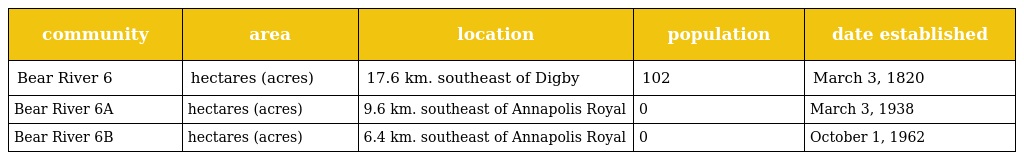
| community | area | location | population | date established |
 | --- | --- | --- | --- | --- |
 | Bear River 6 | hectares (acres) | 17.6 km. southeast of Digby | 102 | March 3, 1820 |
 | Bear River 6A | hectares (acres) | 9.6 km. southeast of Annapolis Royal | 0 | March 3, 1938 |
 | Bear River 6B | hectares (acres) | 6.4 km. southeast of Annapolis Royal | 0 | October 1, 1962 |